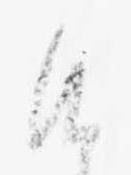
候